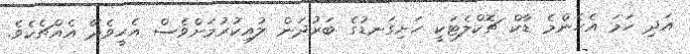
އަދި ހަމަ އެހެންމެ ޑާކް ޗޮކްލެޓަކީ ހަށިގަނޑުގެ ބަރުދަން ލުއިކުރުމަށްވެސް އެހީވެދޭ އެއްޗެކެވެ.